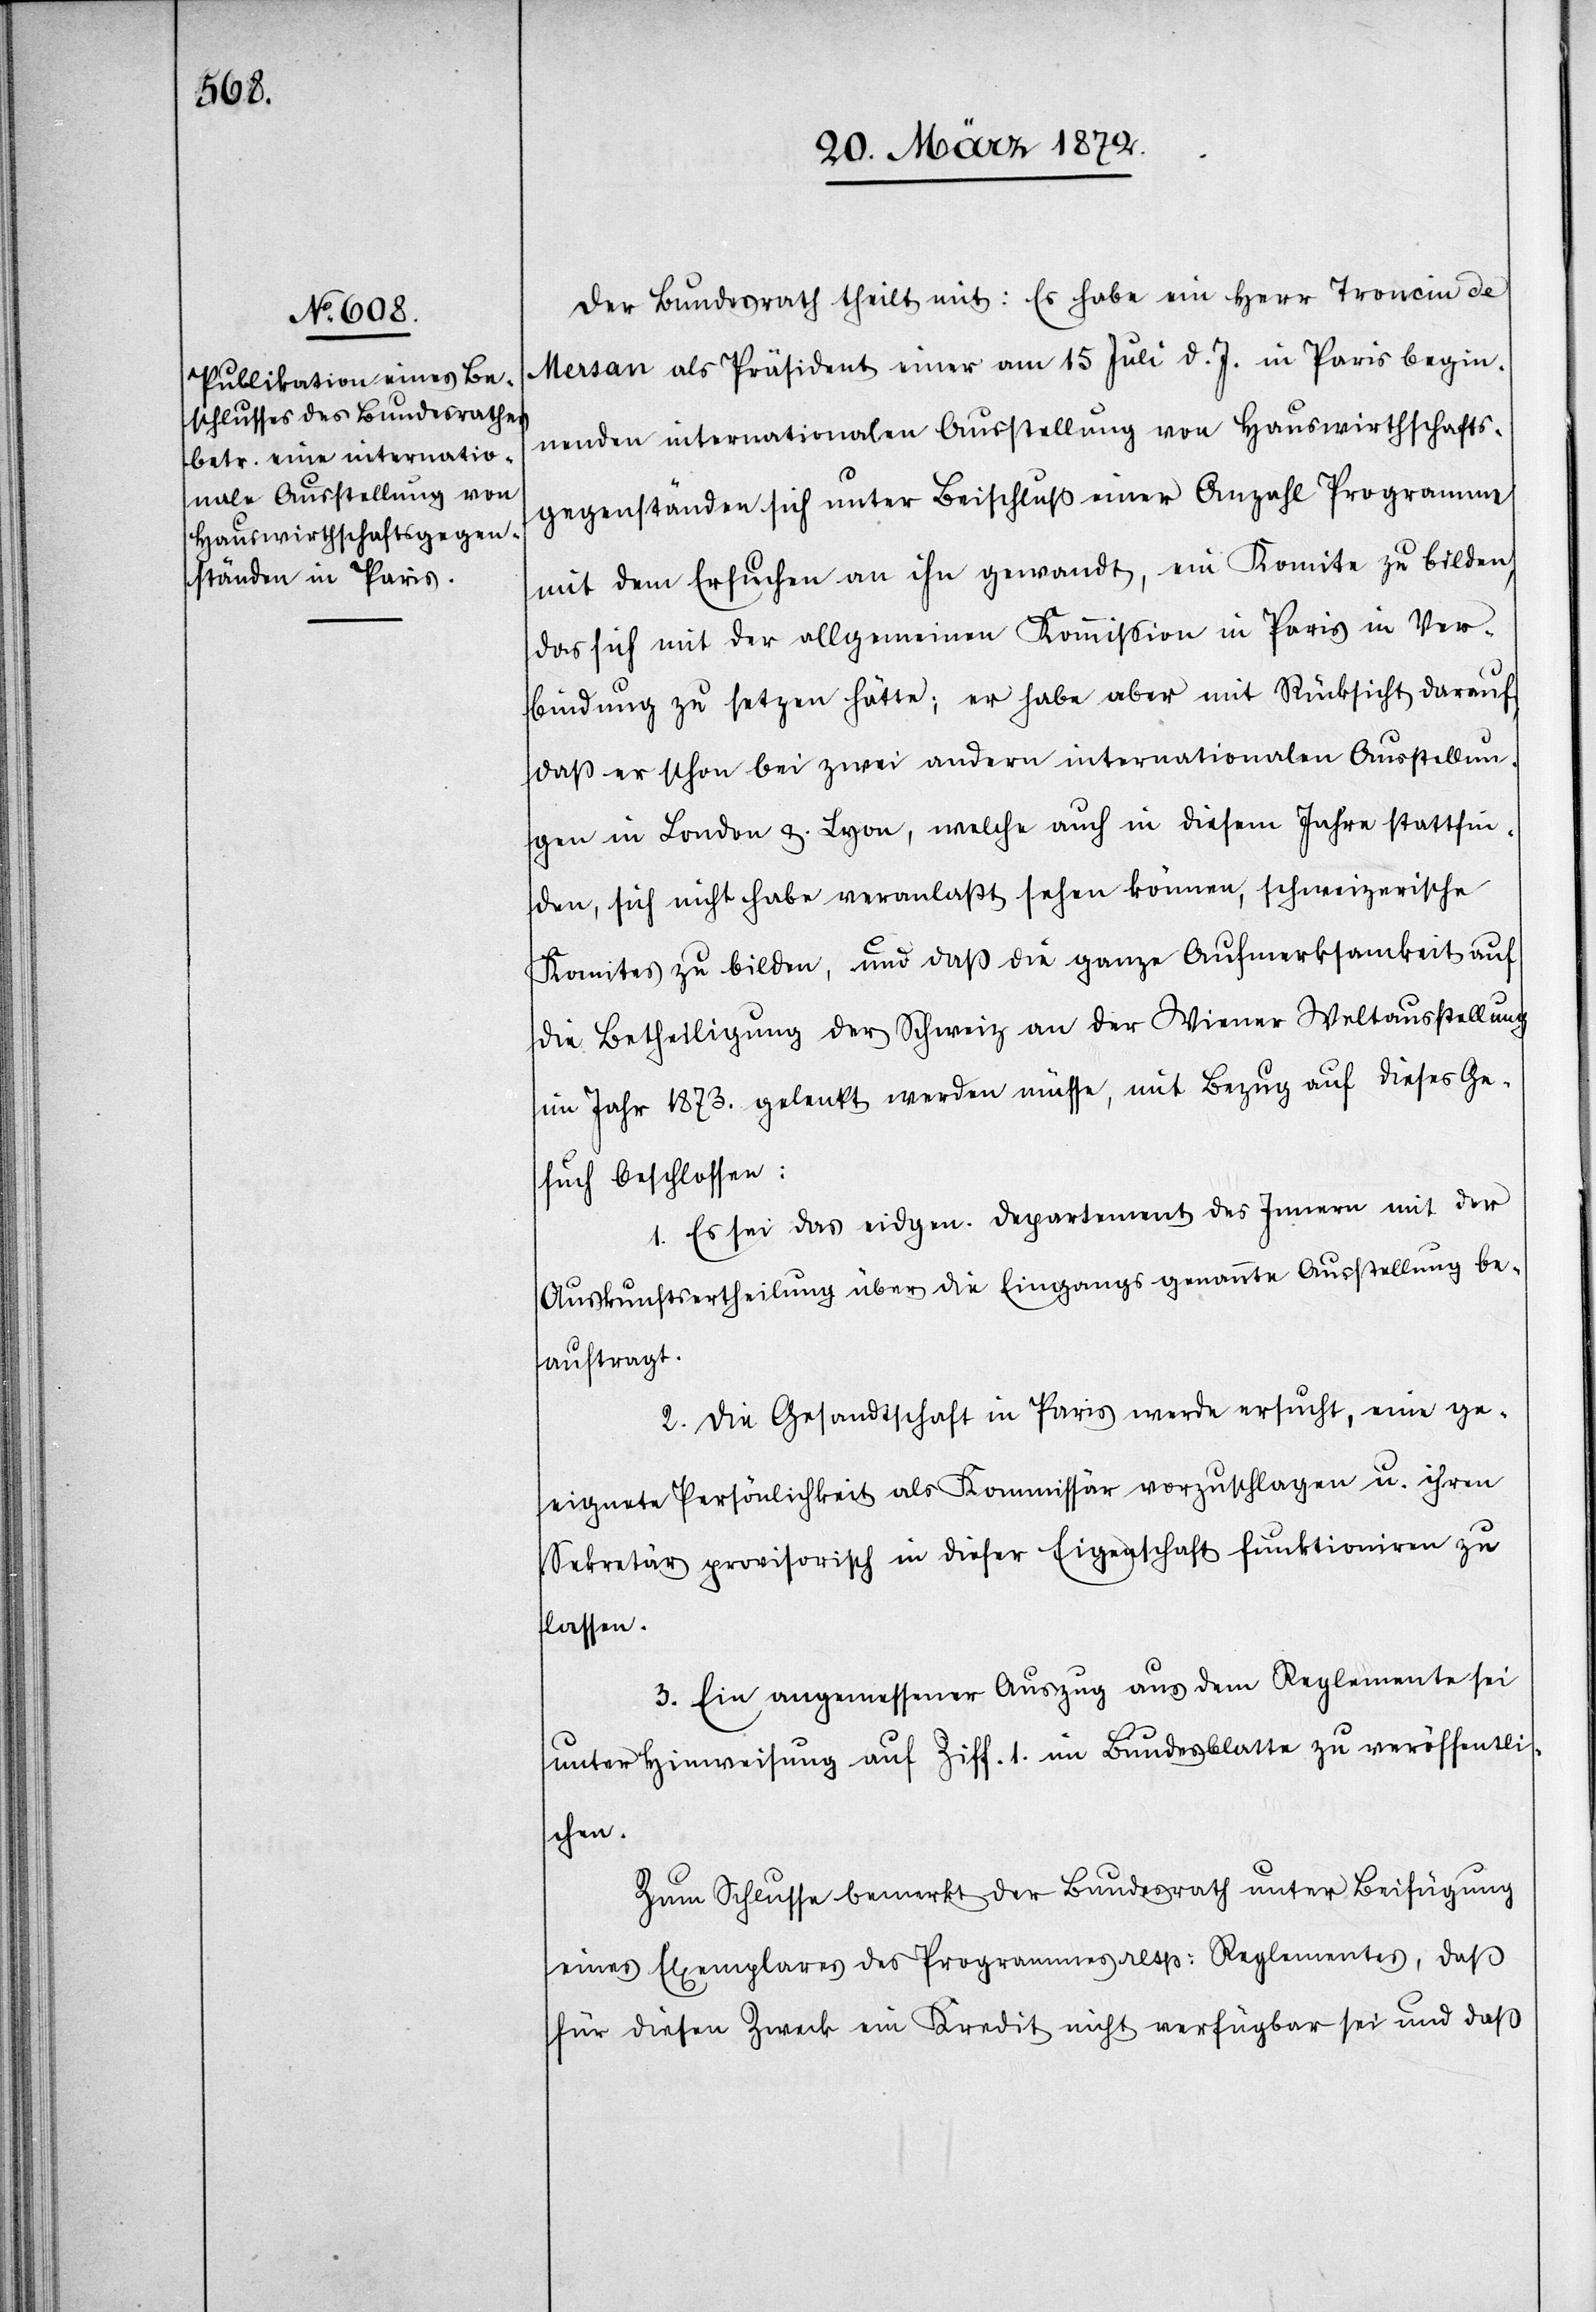
Der Bundesrath theilt mit: Es habe ein Herr Troncin de
Mersan als Präsident einer am 15 Juli d. J. in Paris begin¬
nenden internationalen Ausstellung von Hauswirthschafts¬
gegenständen sich unter Beischluß einer Anzahl Programme
mit dem Ersuchen an ihn gewandt, ein Komite zu bilden,
das sich mit der allgemeinen Kommission in Paris in Ver¬
bindung zu setzen hätte; er habe aber mit Rücksicht darauf,
daß er schon bei zwei andern internationalen Ausstellun¬
gen in London u. Lyon, welche auch in diesem Jahre stattfin¬
den, sich nicht habe veranlaßt sehen können, schweizerische
Komites zu bilden, und daß die ganze Aufmerksamkeit auf
die Betheiligung der Schweiz an der Wiener Weltausstellung
im Jahr 1873. gelenkt werden müsse, mit Bezug auf dieses Ge¬
such beschlossen:
1. Es sei das eidgen. Departement des Innern mit der
Auskunftsertheilung über die Eingangs genannte Ausstellung be¬
auftragt.
2. Die Gesandtschaft in Paris werde ersucht, eine ge¬
eignete Persönlichkeit als Kommissär vorzuschlagen u. ihren
Sekretär provisorisch in dieser Eigenschaft funktioniren zu
lassen.
3. Ein angemessener Auszug aus dem Reglemente sei
unter Hinweisung auf Ziff. 1. im Bundesblatte zu veröffentli¬
chen.
Zum Schlusse bemerkt der Bundesrath unter Beifügung
eines Exemplares des Programmes resp: Reglementes, daß
für diesen Zweck ein Kredit nicht verfügbar sei und daß